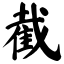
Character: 截